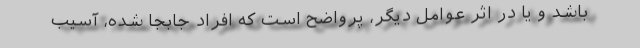
باشد و یا در اثر عوامل دیگر، پرواضح است که افراد جابجا شده، آسیب‌